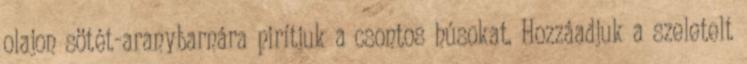
olajon sötét-aranybarnára pirítjuk a csontos húsokat. Hozzáadjuk a szeletelt